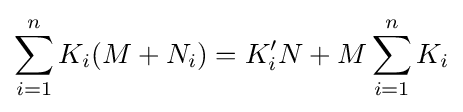
\sum _{i=1}^{n}K_{i}(M+N_{i})=K'_{i}N+M\sum _{i=1}^{n}K_{i}